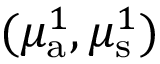
( \mu _ { { \mathrm a } } ^ { 1 } , \mu _ { \mathrm { s } } ^ { 1 } )